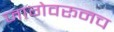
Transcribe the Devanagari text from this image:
जागेवरूनच